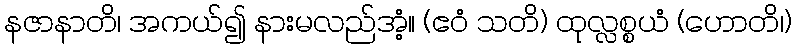
နဇာနာတိ၊ အကယ်၍ နားမလည်အံ့။ (ဧဝံ သတိ) ထုလ္လစ္စယံ (ဟောတိ၊)